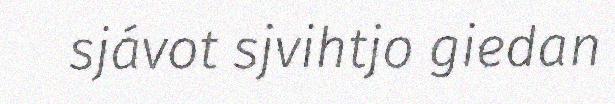
sjávot sjvihtjo giedan